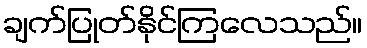
ချက်ပြုတ်နိုင်ကြလေသည်။